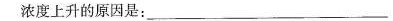
浓度上升的原因是：___。